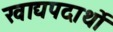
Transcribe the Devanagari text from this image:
खाद्यपदार्थो